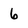
Character: 6